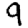
Digit: 9